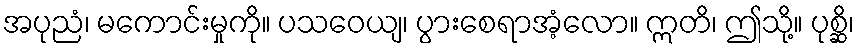
အပုညံ၊ မကောင်းမှုကို။ ပသဝေယျ၊ ပွားစေရာအံ့လော။ ဣတိ၊ ဤသို့။ ပုစ္ဆိ၊